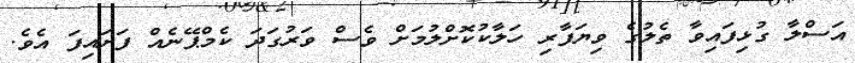
އަސްލާ ގުޅިފައިވާ ތެލުގެ ވިޔަފާރި ހަލާކުކޮށްލުމަށް ވެސް ވަރުގަދަ ކެމްޕޭނެއް ފަށައިފަ އެވެ.